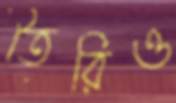
তৈরিও